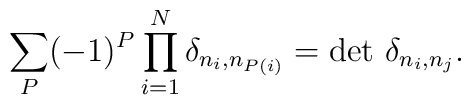
\sum_{P}(-1)^{P}\prod_{i=1}^{N}\delta_{n_i,n_{P(i)}}=\det \,\delta_{n_i,n_j}.